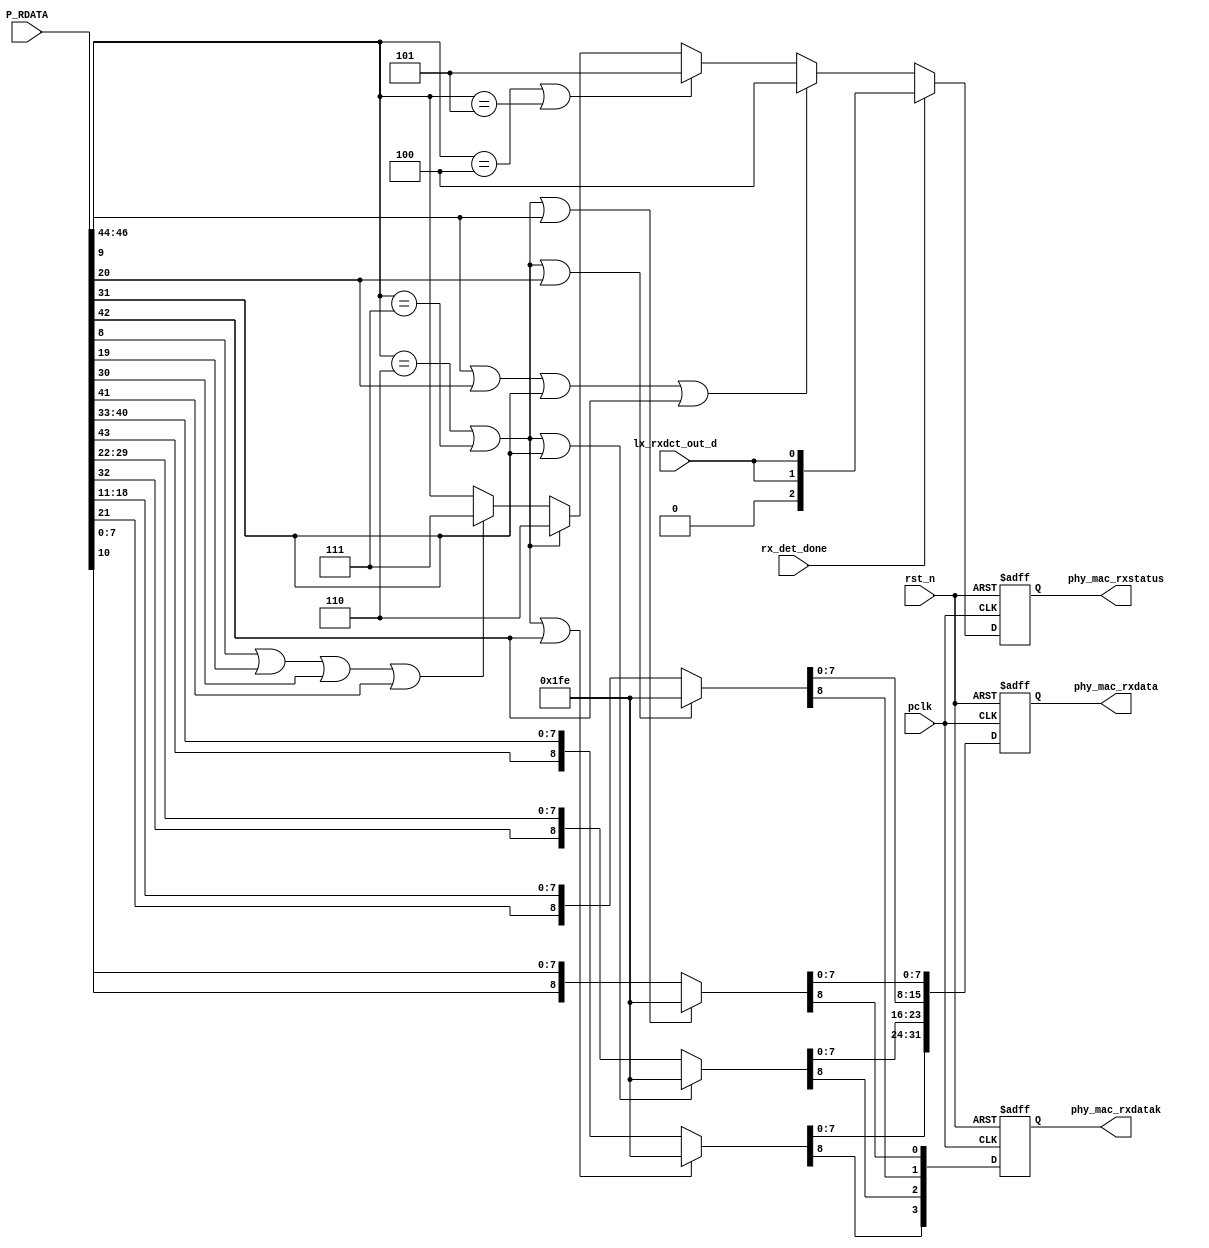
// This program was cloned from: https://github.com/flytt-away/FPGA-Video-Capture
// License: MIT License

//******************************************************************
// Copyright (c) 2015 PANGO MICROSYSTEMS, INC
// ALL RIGHTS REVERVED.
//******************************************************************
module hsstl_phy_mac_rdata_proc #(
parameter EN_CONTI_SKP_REPLACE = 1'b0
)(
input pclk,
input rst_n,
input [46:0] P_RDATA,
input  rx_det_done,
input  lx_rxdct_out_d,

output reg [31:0] phy_mac_rxdata,
output reg [3:0] phy_mac_rxdatak,
output reg [2:0] phy_mac_rxstatus
); 
wire ctc_underflow;
localparam K30_7 = 8'hFE;
localparam K28_0 = 8'h1C;
localparam K28_5 = 8'hBC;
always @(posedge pclk or negedge rst_n)
begin
    if (!rst_n)
        phy_mac_rxstatus <= 3'b0;
    else if (rx_det_done)
        phy_mac_rxstatus <= {1'b0, {2{lx_rxdct_out_d}}};
    else begin
//*******************************************************************************************
        if (P_RDATA[9] | P_RDATA[20] | P_RDATA[31] | P_RDATA[42])
           phy_mac_rxstatus[2:0] <= 3'b100; //decode error
     //   else if (P_RDATA[8] | P_RDATA[19] | P_RDATA[30] | P_RDATA[41])
     //      phy_mac_rxstatus[2:0] <= 3'b111; //disparity error
      //  else if (P_RDATA[46:44] == 3'b011) //continuous skip del
      //     phy_mac_rxstatus[2:0] <= 3'b010;
        else if ((P_RDATA[46:44] == 3'b100) | (P_RDATA[46:44] == 3'b101)) //bridge / CTC over flow
           phy_mac_rxstatus[2:0] <= 3'b101;  //CTC buffer overflow
        else if  ((P_RDATA[46:44] == 3'b110) | (P_RDATA[46:44] == 3'b111))  //bridge under flow
           phy_mac_rxstatus[2:0] <= 3'b110;  //CTC buffer underflow
       else if (P_RDATA[8] | P_RDATA[19] | P_RDATA[30] | P_RDATA[41])
           phy_mac_rxstatus[2:0] <= 3'b111; //disparity error
        else
           phy_mac_rxstatus[2:0] <= P_RDATA[46:44];
     end
end
assign ctc_underflow = (P_RDATA[46:44] == 3'b111) | (P_RDATA[46:44] == 3'b110);
assign cond1_for_conti_skp_del = ~ (P_RDATA[9] | P_RDATA[20] | P_RDATA[31] | P_RDATA[42] | P_RDATA[8] | P_RDATA[19] | P_RDATA[30] | P_RDATA[41]); //no decoder/disparity errs
assign cond2_for_conti_skp_del = (P_RDATA[46:44] == 3'b011) & (EN_CONTI_SKP_REPLACE == 1'b1);
assign cond3_for_conti_skp_del =  ({P_RDATA[10], P_RDATA[7:0]  } ==  {1'b1, K28_5}) &
                                  ({P_RDATA[21], P_RDATA[18:11]} ==  {1'b1, K28_0}) &
                                  ({P_RDATA[32], P_RDATA[29:22]} ==  {1'b1, K28_0}) &
                                  ({P_RDATA[43], P_RDATA[40:33]} ==  {1'b1, K28_5});

assign all_match_conti_skp_del = cond1_for_conti_skp_del & cond2_for_conti_skp_del & cond3_for_conti_skp_del;

always@(posedge pclk or negedge rst_n)
begin
    if(!rst_n)
    begin
        phy_mac_rxdatak[3 :0 ] <= 4'b0;
        phy_mac_rxdata[31 :0 ] <= 32'b0;
    end
    else
    begin     
        {phy_mac_rxdatak[3], phy_mac_rxdata[31:24]}          <= ( ctc_underflow | P_RDATA[42]) ? {1'b1, K30_7} : (all_match_conti_skp_del ? {1'b1, K28_0} : {P_RDATA[43], P_RDATA[40:33]});
        {phy_mac_rxdatak[2], phy_mac_rxdata[23:16]}          <= ( ctc_underflow | P_RDATA[31]) ? {1'b1, K30_7} : (all_match_conti_skp_del ? {1'b1, K28_5} : {P_RDATA[32], P_RDATA[29:22]});
        {phy_mac_rxdatak[1], phy_mac_rxdata[15:8] }          <= ( ctc_underflow | P_RDATA[20]) ? {1'b1, K30_7} : {P_RDATA[21], P_RDATA[18:11]};
        {phy_mac_rxdatak[0], phy_mac_rxdata[7:0]  }          <= ( ctc_underflow | P_RDATA[9] ) ? {1'b1, K30_7} : {P_RDATA[10], P_RDATA[7:0]  };
    end
end
endmodule